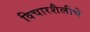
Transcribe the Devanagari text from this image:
विचारशैलीचे